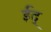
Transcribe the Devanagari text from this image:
ईद्